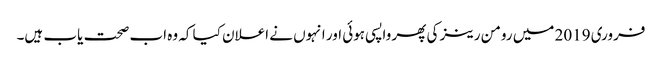
فروری 2019 میں رومن رینز کی پھر واپسی ہوئی اور انہوں نے اعلان کیا کہ وہ اب صحت یاب ہیں۔